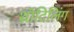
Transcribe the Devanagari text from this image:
थ्रॉटिलिंग